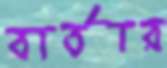
বার্তার